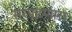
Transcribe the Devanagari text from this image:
सरपटणारा